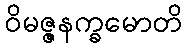
ဝိမဇ္ဇနက္ခမောတိ